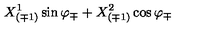
{ X _ { ( \mp 1 ) } ^ { 1 } \sin \varphi _ { \mp } + X _ { ( \mp 1 ) } ^ { 2 } \cos \varphi _ { \mp } }